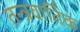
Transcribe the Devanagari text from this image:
तन्त्रवार्तिक